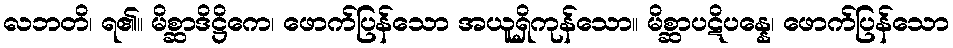
လဘတိ၊ ရ၏။ မိစ္ဆာဒိဋ္ဌိကေ၊ ဖောက်ပြန်သော အယူရှိကုန်သော။ မိစ္ဆာပဋိပန္နေ၊ ဖောက်ပြန်သော